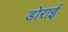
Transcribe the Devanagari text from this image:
डोराई